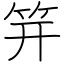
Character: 笄